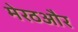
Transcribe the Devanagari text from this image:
मेरठऔर